Leaving Certificate Examination, 1924
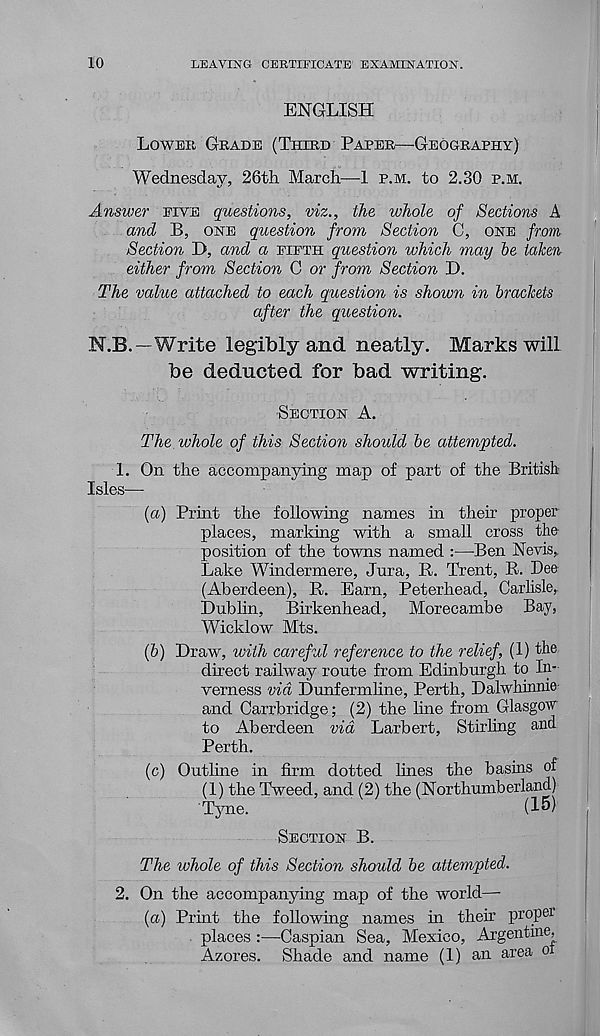
10
LEAVING CERTIFICATE EXAMINATION.
ENGLISH
LOWER GRADE (THIRD PAPER—GEOGRAPHY)
Wednesday, 26th March—-1 P.M. to 2.30 P.M.
Answer FIVE questions, viz., the whole of Sections A
and B, ONE question from Section C, ONE from
Section D, and a EIETH question which may be taken
either from Section C or from Section D.
The value attached to each question is shown in brackets
after the question.
N.B.—Write legibly and neatly. Marks will
be deducted for bad writing.
SECTION A.
The whole of this Section should be attempted.
1. On the accompanying map of part of the British
Isles—
{a) Print the following names in their proper
places, marking with a small cross the
position of the towns named :—Ben Nevis,
Lake Windermere, Jura, R. Trent, R. Dee
(Aberdeen), R. Earn, Peterhead, Carlisle,
Dublin, Birkenhead, Morecambe Bay,
Wicklow Mts.
(b) Draw, with careful reference to the relief, (1) the
direct railway route from Edinburgh to In-
verness via Dunfermline, Perth, Dalwhimue
and Carrbridge; (2) the hue from Glasgow
to Aberdeen via Larbert, Stirling and
Perth.
(c) Outline in firm dotted lines the basins of
(1) the Tweed, and (2) the (Northumberland)
Tyne.
(15)
SECTION B.
The whole of this Section should be attempted.
2. On the accompanying map of the world—
(a) Print the following names in their proper
places :—Caspian Sea, Mexico, Argentine,
Azores. Shade and name (1) an area of